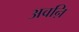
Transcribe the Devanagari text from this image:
अवऩि